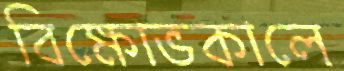
বিক্ষোভকালে